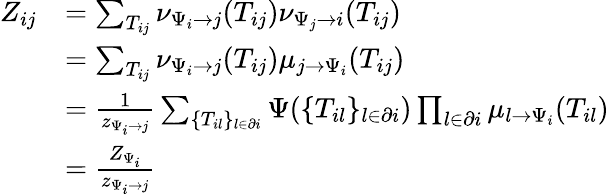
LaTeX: \begin{array}{r}{\begin{array}{rl}{Z_{ij}}&{=\sum_{T_{ij}}\nu_{\Psi_{i}\to j}(T_{ij})\nu_{\Psi_{j}\to i}(T_{ij})}\\ &{=\sum_{T_{ij}}\nu_{\Psi_{i}\to j}(T_{ij})\mu_{j\to\Psi_{i}}(T_{ij})}\\ &{=\frac{1}{z_{\Psi_{i}\to j}}\sum_{\{ T_{il}\} _{l\in\partial i}}\Psi(\{ T_{il}\} _{l\in\partial i})\prod_{l\in\partial i}\mu_{l\to\Psi_{i}}(T_{il})}\\ &{=\frac{Z_{\Psi_{i}}}{z_{\Psi_{i}\to j}}}\end{array}}\end{array}